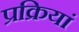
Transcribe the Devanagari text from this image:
प्रक्रियां